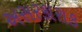
અસરકારાક